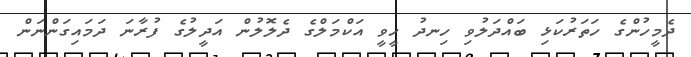
ދެމީހުންގެ ހަތަރުކަޅި ބައްދަލުވި ހިނދު ހީވީ އަކްމަލްގެ ދެލޮލުން އަދީލުގެ ފުރާނަ ދަމައިގަންނަން